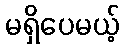
မရှိပေမယ့်